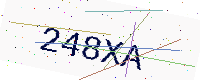
Text: 248XA